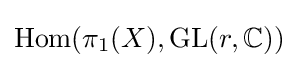
\operatorname {Hom} (\pi _{1}(X),\operatorname {GL} (r,\mathbb {C} ))